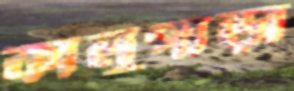
কালুপাড়া